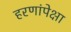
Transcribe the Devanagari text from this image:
हरणांपेक्षा